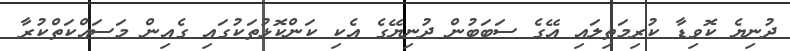
ދުނިޔެ ކޮވިޑާ ކުރިމަތިލައި އޭގެ ސަބަބުން ދުނިޔޭގެ އެކި ކަންކޮޅުތަކުގައި ގެއިން މަސައްކަތްކުރާ